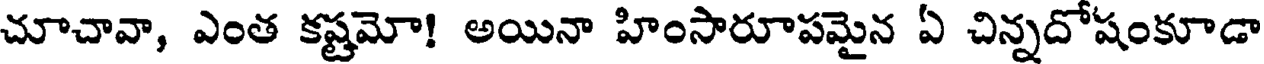
చూచావా, ఎంత కష్టమో! అయినా హింసారూపమైన ఏ చిన్నదోషంకూడా